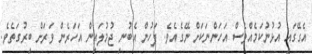
އެގޭގައި އުޅުނުކަމެއްވެސް އަހަންނަކަށް ނޭގެއެވެ. ފަހުން އެބުނި ޖުމުލައިން އަހަރެން ވަރަށް ބިރުގަތެވެ.